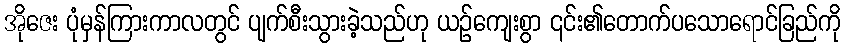
အိုဇေး ပုံမှန်ကြားကာလတွင် ပျက်စီးသွားခဲ့သည်ဟု ယဉ်ကျေးစွာ ၎င်း၏တောက်ပသောရောင်ခြည်ကို